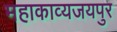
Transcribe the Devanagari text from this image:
महाकाव्यजयपुर